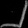
Digit: ၂